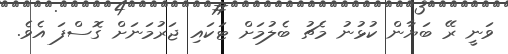
ވަނީ ރޭ ބަޔާން ކުޅުނު މެޗު ބެލުމަށް ޓަކައި ޖަރުމަނަށް ގޮސްފަ އެވެ.